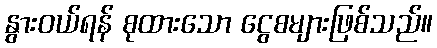
နွားဝယ်ရန် စုထားသော ငွေစများဖြစ်သည်။